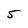
Character: 5